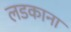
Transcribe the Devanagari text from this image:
लडकाना